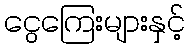
ငွေကြေးများနှင့်